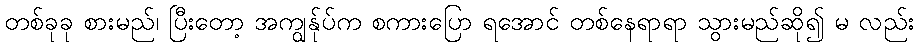
တစ်ခုခု စားမည်၊ ပြီးတော့ အကျွန်ုပ်က စကားပြော ရအောင် တစ်နေရာရာ သွားမည်ဆို၍ မ လည်း